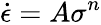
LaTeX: {\dot{\epsilon}}=A\sigma^{n}